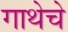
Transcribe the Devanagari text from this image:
गाथेचे